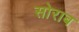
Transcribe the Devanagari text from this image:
सोराब